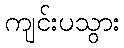
ကျင်းပသွား